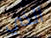
الذي